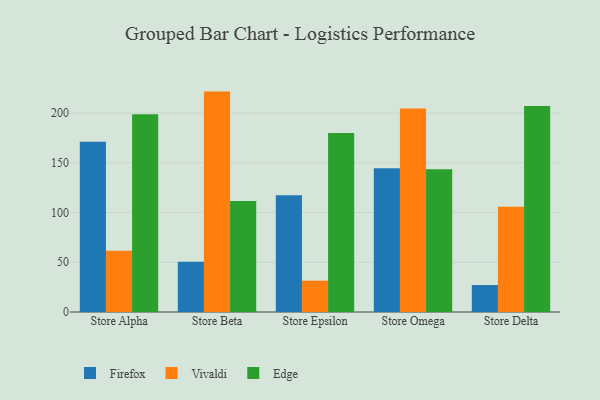
{"axis": {"x": "Store", "y": "Energy Usage (MWh)"}, "legend": ["Edge", "Firefox", "Vivaldi"], "data": [{"x": "Store Alpha", "y": 171.0, "type": "Firefox"}, {"x": "Store Alpha", "y": 61.6, "type": "Vivaldi"}, {"x": "Store Alpha", "y": 198.8, "type": "Edge"}, {"x": "Store Beta", "y": 50.4, "type": "Firefox"}, {"x": "Store Beta", "y": 221.5, "type": "Vivaldi"}, {"x": "Store Beta", "y": 111.5, "type": "Edge"}, {"x": "Store Epsilon", "y": 117.3, "type": "Firefox"}, {"x": "Store Epsilon", "y": 31.5, "type": "Vivaldi"}, {"x": "Store Epsilon", "y": 179.8, "type": "Edge"}, {"x": "Store Omega", "y": 144.4, "type": "Firefox"}, {"x": "Store Omega", "y": 204.5, "type": "Vivaldi"}, {"x": "Store Omega", "y": 143.5, "type": "Edge"}, {"x": "Store Delta", "y": 27.1, "type": "Firefox"}, {"x": "Store Delta", "y": 105.8, "type": "Vivaldi"}, {"x": "Store Delta", "y": 207.0, "type": "Edge"}]}